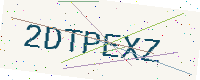
Text: 2DTPEXZ